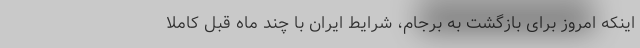
اینکه امروز برای بازگشت به برجام، شرایط ایران با چند ماه قبل کاملا